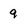
Character: 9